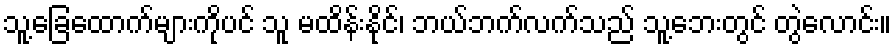
သူ့ခြေထောက်များကိုပင် သူ မထိန်းနိုင်၊ ဘယ်ဘက်လက်သည် သူ့ဘေးတွင် တွဲလောင်း။